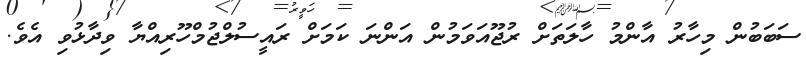
ސަބަބުން މިހާރު އާންމު ހާލަތަށް ރުޖޫއަވަމުން އަންނަ ކަމަށް ރައީސުލްޖުމްހޫރިއްޔާ ވިދާޅުވި އެވެ.